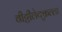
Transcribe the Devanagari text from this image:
वीट्टीलेक्कुल्ला